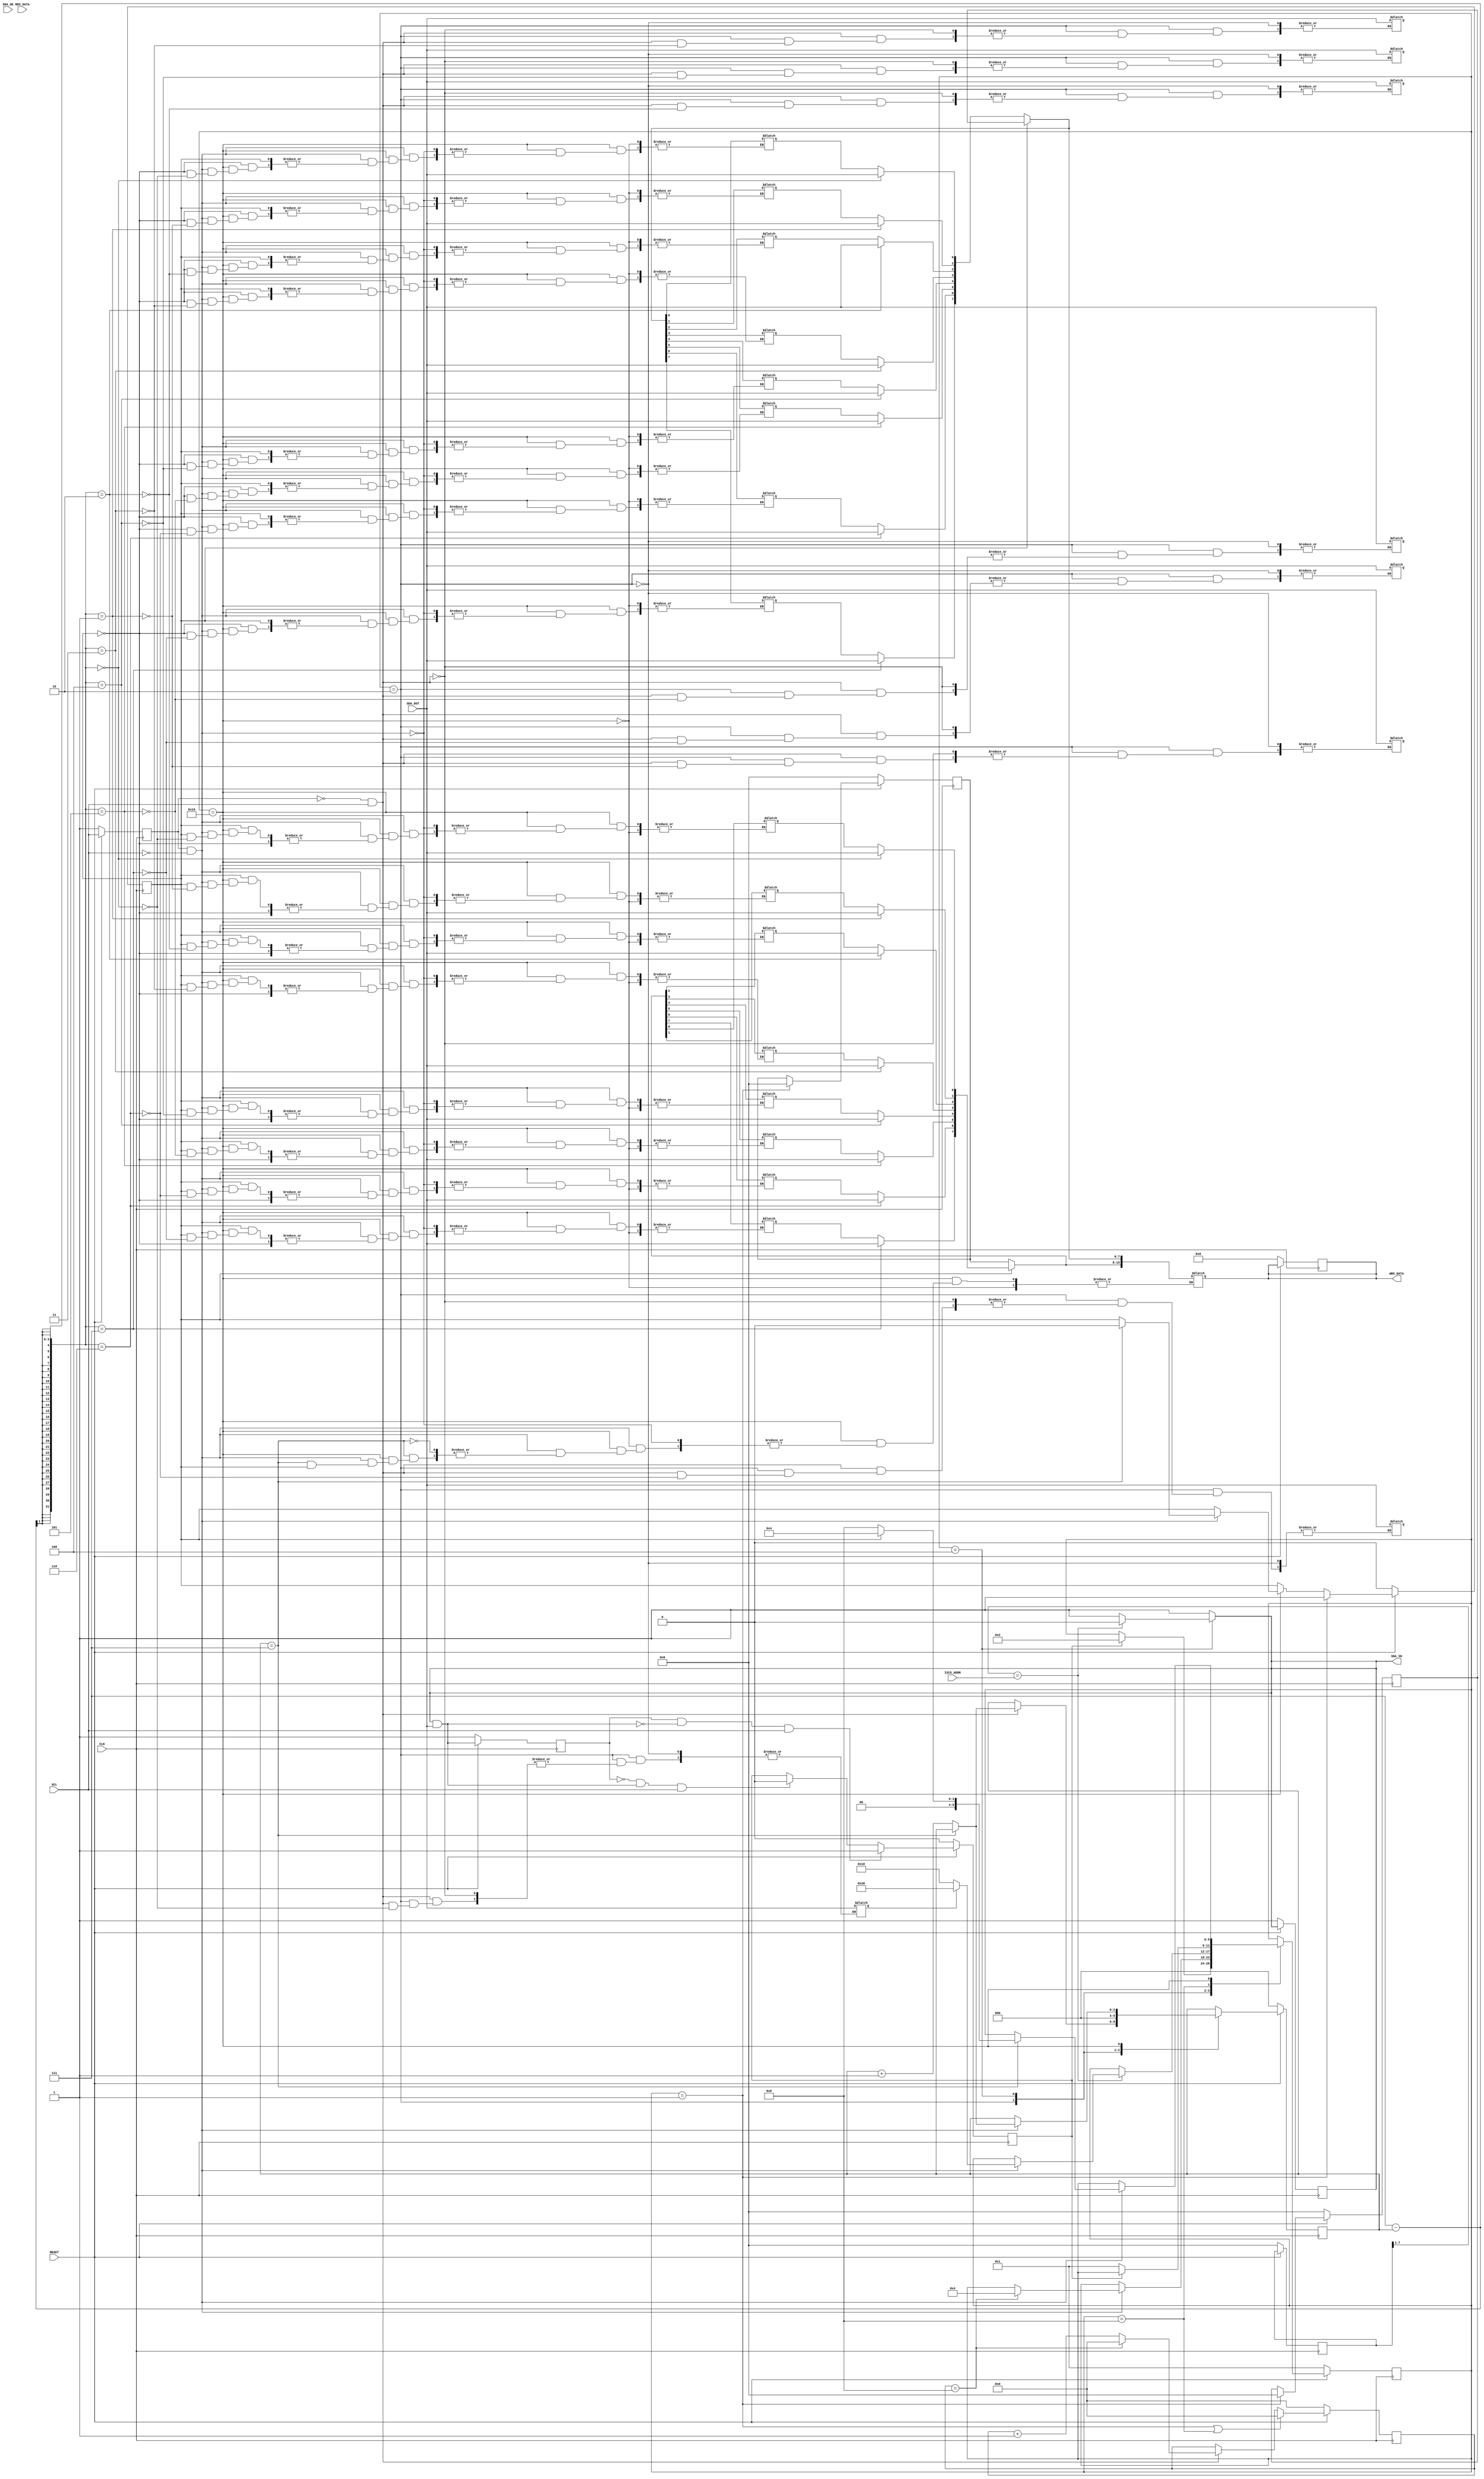
module I2cSecondary (/*AUTOARG*/
   // Outputs
   SDA_IN, WRS_DATA,
   // Inputs
   CLK, RESET, SDA_OUT, SDA_OE, SCL, RDS_DATA, I2CS_ADDR
   );
   
/*AUTOINPUT*/
input
  CLK,
  RESET,
  SDA_OUT,
  SDA_OE,
  SCL;

input [15:0]
  RDS_DATA;

input [6:0]
  I2CS_ADDR; 

/*AUTOOUTPUT*/

output reg
  SDA_IN;

output reg [15:0]
  WRS_DATA; 

/*AUTOREG*/

reg [7:0]
  HI, 
  LO,
  ADDR_RNW_S;


reg [2:0] 
  INDEX,
  NEXT_INDEX;

reg [3:0]
  NINE_COUNTER,
  NEXT_NC;

reg
  START,
  LAST_SDA,
  LAST_SCL,
  TIH,
  NEXT_TIH;
  
wire
  CURRENT_SDA,
  POSEDGE_SDA,
  NEGEDGE_SDA,
  POSEDGE_SCL,
  NEGEDGE_SCL;
  
assign POSEDGE_SCL = !LAST_SCL && SCL;
assign NEGEDGE_SCL = LAST_SCL && !SCL;

assign POSEDGE_SDA = !LAST_SDA && CURRENT_SDA;
assign NEGEDGE_SDA = LAST_SDA && !CURRENT_SDA;

assign CURRENT_SDA = SDA_IN && SDA_OUT;

/******************************************************************************


/******************************************************************************
                              PARAMETROS DE ESTADO
 *****************************************************************************/
parameter N = 6;  // PARAMETRO PARA CANTIDAD DE ESTADOS

parameter standby = {{(N-1){1'b0}} , 1'b1}; // CONCATENANDO N-1 CEROS CON UN 1 
parameter address = standby << 1;
parameter await = standby << 2;
parameter stop = standby << 3;
parameter write = standby << 4;
parameter read  = standby << 5;

// REGISTROS INTERNO PARA MANEJO DE ESTADOS
reg [N-1:0] state, nextState;

/******************************************************************************
                              COMPORTAMIENTOS
 *****************************************************************************/

always @(posedge CLK) begin // LÓGICA SECUENCIAL
  if (!RESET) begin             
                              // RESET DE VALORES DE FF
    state <= standby;
    SDA_IN <= 1;
    START <= 0;
    LAST_SCL <= 1;
    LAST_SDA <= 1;
    ADDR_RNW_S <= 0;
    TIH <= 1'h0;
    HI <= 0;
    LO <= 0;
    NINE_COUNTER = 0;
    WRS_DATA = 0;

  /*AUTORESET*/
  // Beginning of autoreset for uninitialized flops
  INDEX <= 3'h0;
  // End of automatics

  end else begin              
                              // TRANSICIÓN DE ESTADOS DE FF
    LAST_SCL <= SCL;
    LAST_SDA <= CURRENT_SDA;
    state <= nextState;    
    INDEX <= NEXT_INDEX;  
    TIH <= NEXT_TIH;
    NINE_COUNTER <= NEXT_NC;

    if (NEGEDGE_SDA && SCL) begin
      START <= 1;
    end else if (POSEDGE_SDA && SCL) begin
      START <=0;
    end

    if (state == standby) begin
          HI <= 8'h0;
          LO <= 8'h0;
          TIH <= 1;
    end  
  end
end

always @(*) begin   // LÓGICA COMBINACIONAL 

                              // SOSTENIENDO VALORES DE FF
nextState = state;
NEXT_INDEX = INDEX;
NEXT_TIH = TIH;
NEXT_NC = NINE_COUNTER;

// ESTADOS QUE NO SEAN stanby o stop
if (~((state == standby) || (state == stop))) begin
  if (POSEDGE_SCL) begin
    NEXT_NC = NINE_COUNTER+1;
    if (NINE_COUNTER == 8 ) NEXT_NC = 0;
  end
// CASO CONTRARIO
end else begin
    NEXT_NC = 0;
end

                              // VALORES DE OUTPUTS POR DEFECTO
SDA_IN = 1;
/*CASOS PARA CADA ESTADO*/
case(state)
  standby: begin
    if (START) begin
      nextState = address;
    end
  end

  address: begin
    if (POSEDGE_SCL) begin
        ADDR_RNW_S[7-INDEX] = SDA_OUT;
      if (~(INDEX == 7)) begin
        NEXT_INDEX = INDEX+1;
      end
    end

    if (NEGEDGE_SCL) begin
      if ((NINE_COUNTER == 8)) nextState = await;
      // if (INDEX == 7) NEXT_DELAY = 1;
      // if (DELAY) nextState = await;
    end

   end

  await: begin
    NEXT_INDEX = 0;
    if (ADDR_RNW_S[7:1] == I2CS_ADDR)
    begin
      SDA_IN = 0;
      if (NEGEDGE_SCL) begin
      nextState = ADDR_RNW_S[0] ? read : write;
      end
    end else begin
      SDA_IN = 1;
    end
  
  end

  stop: begin
    if (~START) nextState = standby;
  end

  read: begin

  end

  write: begin
    if (NEGEDGE_SCL) begin
      if (TIH) begin
        HI[7-INDEX] = SDA_OUT;
      end else begin
        LO[7-INDEX] = SDA_OUT;
      end

      if (INDEX == 7) begin
        if (TIH) begin
          nextState = await;
        end else begin
          WRS_DATA = {HI, LO};
          nextState = stop;
        end
        NEXT_TIH = 0;
      end else begin
        NEXT_INDEX = INDEX+1;
      end
    end


  end
  

  default:  begin
  end          
endcase
end

endmodule